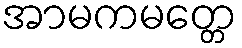
အာမကမတ္တေ